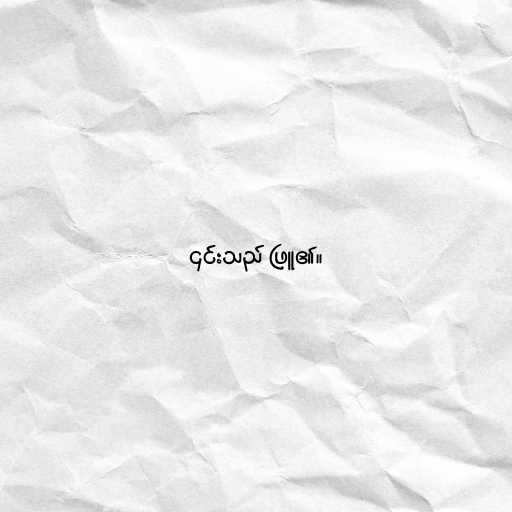
၎င်းသည် ဖြူ၏။